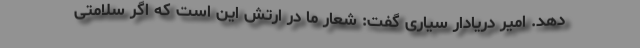
دهد. امیر دریادار سیاری گفت: شعار ما در ارتش این است که اگر سلامتی